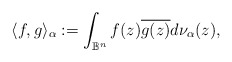
\begin{align*} \langle f,g\rangle_\alpha:=\int_{\mathbb B^n}f(z)\overline {g(z)}d\nu_\alpha(z), \end{align*}